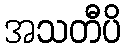
အသတီပိ